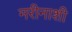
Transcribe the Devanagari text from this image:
मरीनाशी